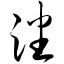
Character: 渖